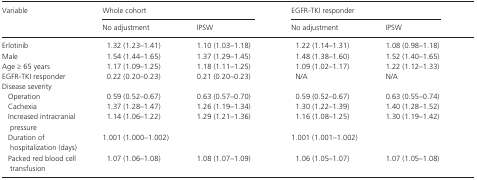
<table><thead><tr><td rowspan="2"><b>Variable</b></td><td colspan="2"><b>Whole cohort</b></td><td colspan="2"><b>EGFR‐TKI responder</b></td></tr><tr><td><b>No adjustment</b></td><td><b>IPSW</b></td><td><b>No adjustment</b></td><td><b>IPSW</b></td></tr></thead><tbody><tr><td>Erlotinib</td><td>1.32 (1.23–1.41)</td><td>1.10 (1.03–1.18)</td><td>1.22 (1.14–1.31)</td><td>1.08 (0.98–1.18)</td></tr><tr><td>Male</td><td>1.54 (1.44–1.65)</td><td>1.37 (1.29–1.45)</td><td>1.48 (1.38–1.60)</td><td>1.52 (1.40–1.65)</td></tr><tr><td>Age ≥ 65 years</td><td>1.17 (1.09–1.25)</td><td>1.18 (1.11–1.25)</td><td>1.09 (1.02–1.17)</td><td>1.22 (1.12–1.33)</td></tr><tr><td>EGFR‐TKI responder</td><td>0.22 (0.20–0.23)</td><td>0.21 (0.20–0.23)</td><td>N/A</td><td>N/A</td></tr><tr><td colspan="5">Disease severity</td></tr><tr><td>Operation</td><td>0.59 (0.52–0.67)</td><td>0.63 (0.57–0.70)</td><td>0.59 (0.52–0.67)</td><td>0.63 (0.55–0.74)</td></tr><tr><td>Cachexia</td><td>1.37 (1.28–1.47)</td><td>1.26 (1.19–1.34)</td><td>1.30 (1.22–1.39)</td><td>1.40 (1.28–1.52)</td></tr><tr><td>Increased intracranial pressure</td><td>1.14 (1.06–1.22)</td><td>1.29 (1.21–1.36)</td><td>1.16 (1.08–1.25)</td><td>1.30 (1.19–1.42)</td></tr><tr><td>Duration of hospitalization (days)</td><td>1.001 (1.000–1.002)</td><td></td><td>1.001 (1.001–1.002)</td><td></td></tr><tr><td>Packed red blood cell transfusion</td><td>1.07 (1.06–1.08)</td><td>1.08 (1.07–1.09)</td><td>1.06 (1.05–1.07)</td><td>1.07 (1.05–1.08)</td></tr></tbody></table>